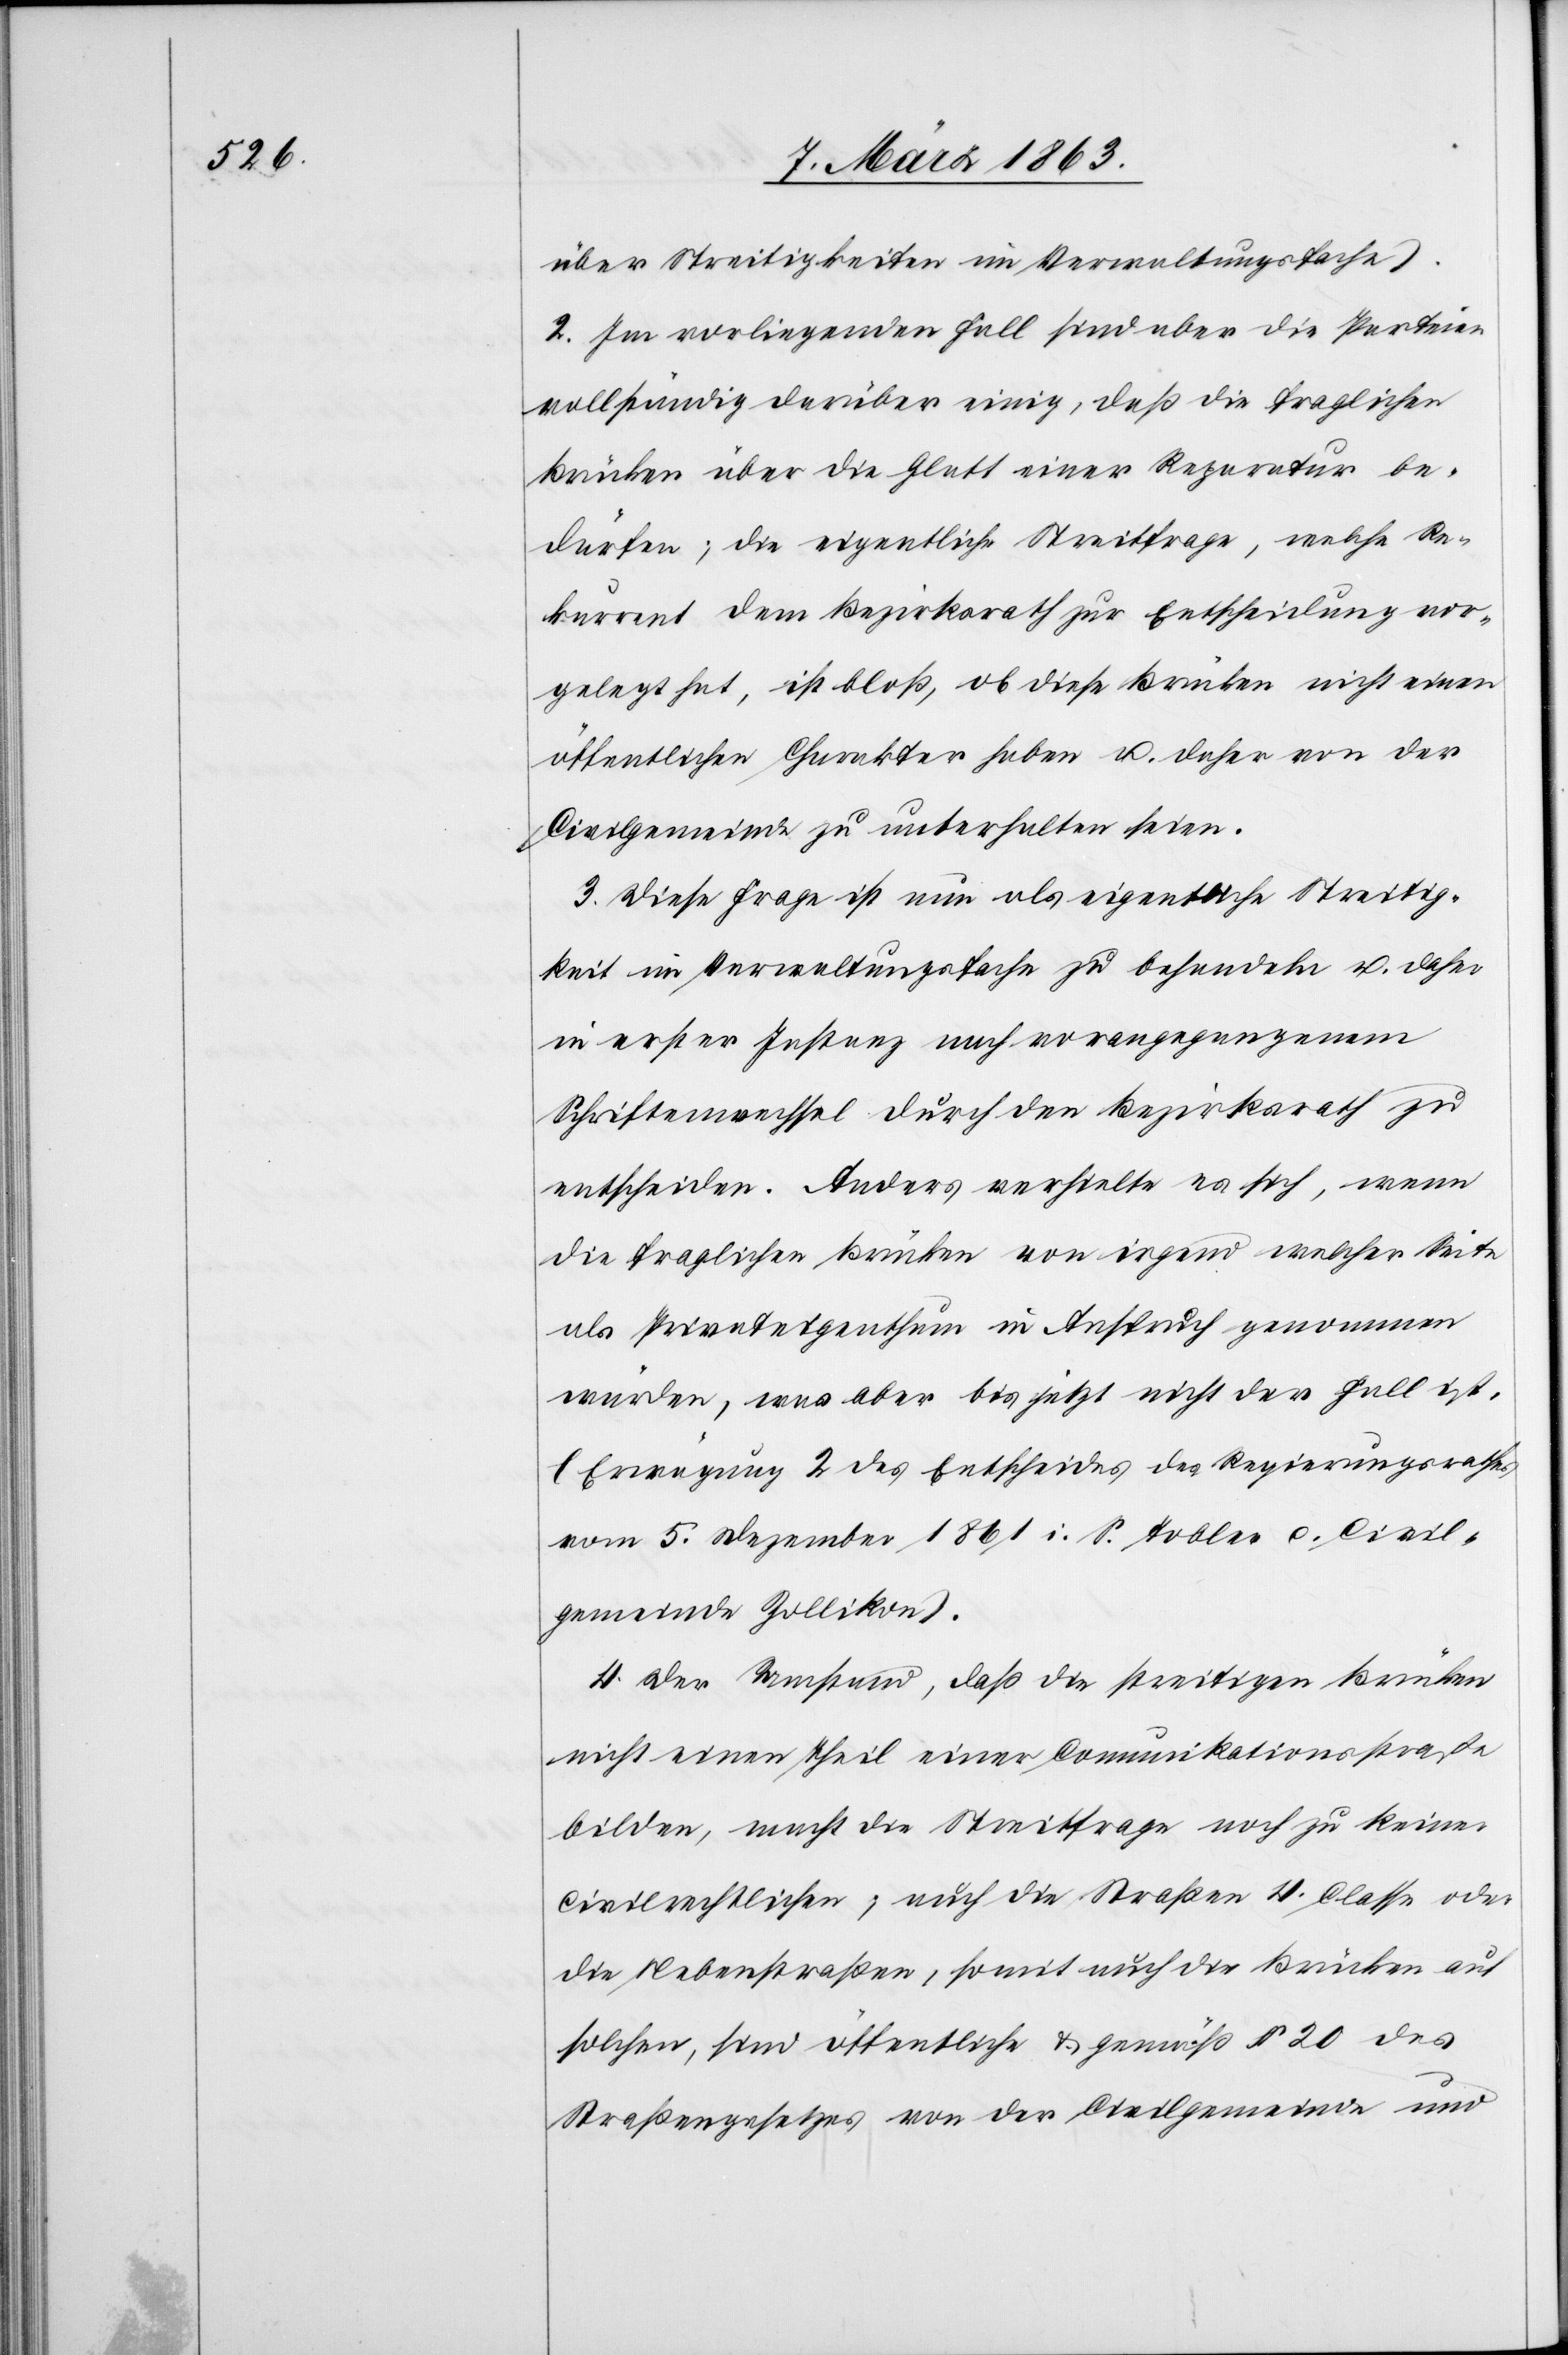
über Streitigkeiten im Verwaltungsfache).
2. Im vorliegenden Fall sind aber die Parteien
vollständig darüber einig, daß die fraglichen
Brücken über die Glatt einer Reparatur be¬
dürfen; die eigentliche Streitfrage, welche Re¬
kurrent dem Bezirksrath zur Entscheidung vor¬
gelegt hat, ist bloß, ob diese Brücken nicht einen
öffentlichen Charakter haben u. daher von der
Civilgemeinde zu unterhalten seien.
3. Diese Frage ist nun als eigentliche Streitig¬
keit im Verwaltungsfache zu behandeln u. daher
in erster Instanz nach vorangegangenem
Schriftenwechsel durch den Bezirksrath zu
entscheiden. Anders verhielte es sich, wenn
die fraglichen Brücken von irgend welcher Seite
als Privateigenthum in Anspruch genommen
würden, was aber bis jetzt nicht der Fall ist.
(Erwägung 2 des Entscheides des Regierungsrathes
vom 5. Dezember 1861 i. S. Tobler c. Civil¬
gemeinde Zollikon).
4. Der Umstand, daß die streitigen Brücken
nicht einen Theil einer Comunikationsstraße
bilden, macht die Streitfrage noch zu keiner
civilrechtlichen; auch die Straßen 4. Classe oder
die Nebenstraßen somit auch die Brücken auf
solchen, sind öffentliche & gemäß § 20 des
Straßengesetzes von der Civilgemeinde und